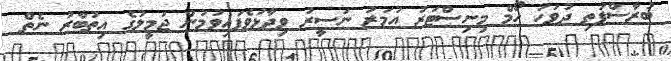
ބުރާސްފަތި ދުވަހު ހޯމް މިނިސްޓަރު އުމަރު ނަސީރު ވިދާޅުވެފައިވުމުން ޖަމީލުގެ އިތުބާރު ނެތް